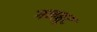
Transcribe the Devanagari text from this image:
गमबूट